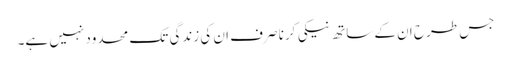
جس طرح ان کے ساتھ نیکی کرنا صرف ان کی زندگی تک محدود نہیں ہے۔